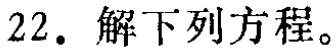
22. 解下列方程。